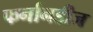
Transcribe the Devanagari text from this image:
फर्नानडीज